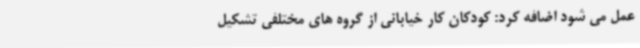
عمل می شود اضافه کرد: کودکان کار خیابانی از گروه های مختلفی تشکیل